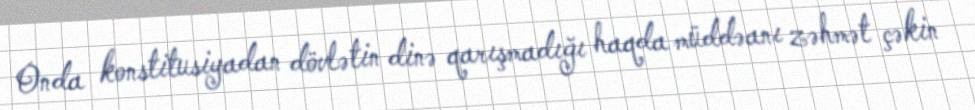
Onda konstitusiyadan dövlətin dinə qarışmadığı haqda müddəanı zəhmət çəkin